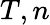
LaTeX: T,n